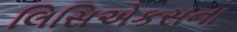
લિસિએકસના